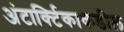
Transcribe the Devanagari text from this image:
अंटार्क्टिकाकडील